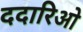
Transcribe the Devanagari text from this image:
ददारिओ